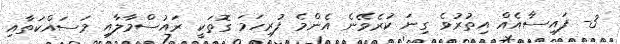
3- ފައިސާއެއް އިތުރުވެ ގިނަ ކުރެވޭނެ އެންމެ ފުރިހަމަ ގޮތަކީ ރައުސްމާލާއި މަސައްކަތާއި